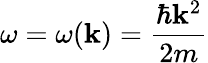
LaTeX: \omega=\omega(\mathbf{k})={\frac{\hbar\mathbf{k}^{2}}{2m}}